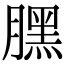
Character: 𣎚